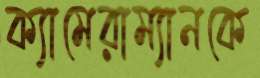
ক্যামেরাম্যানকে